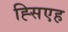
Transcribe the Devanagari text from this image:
ह्सिएह